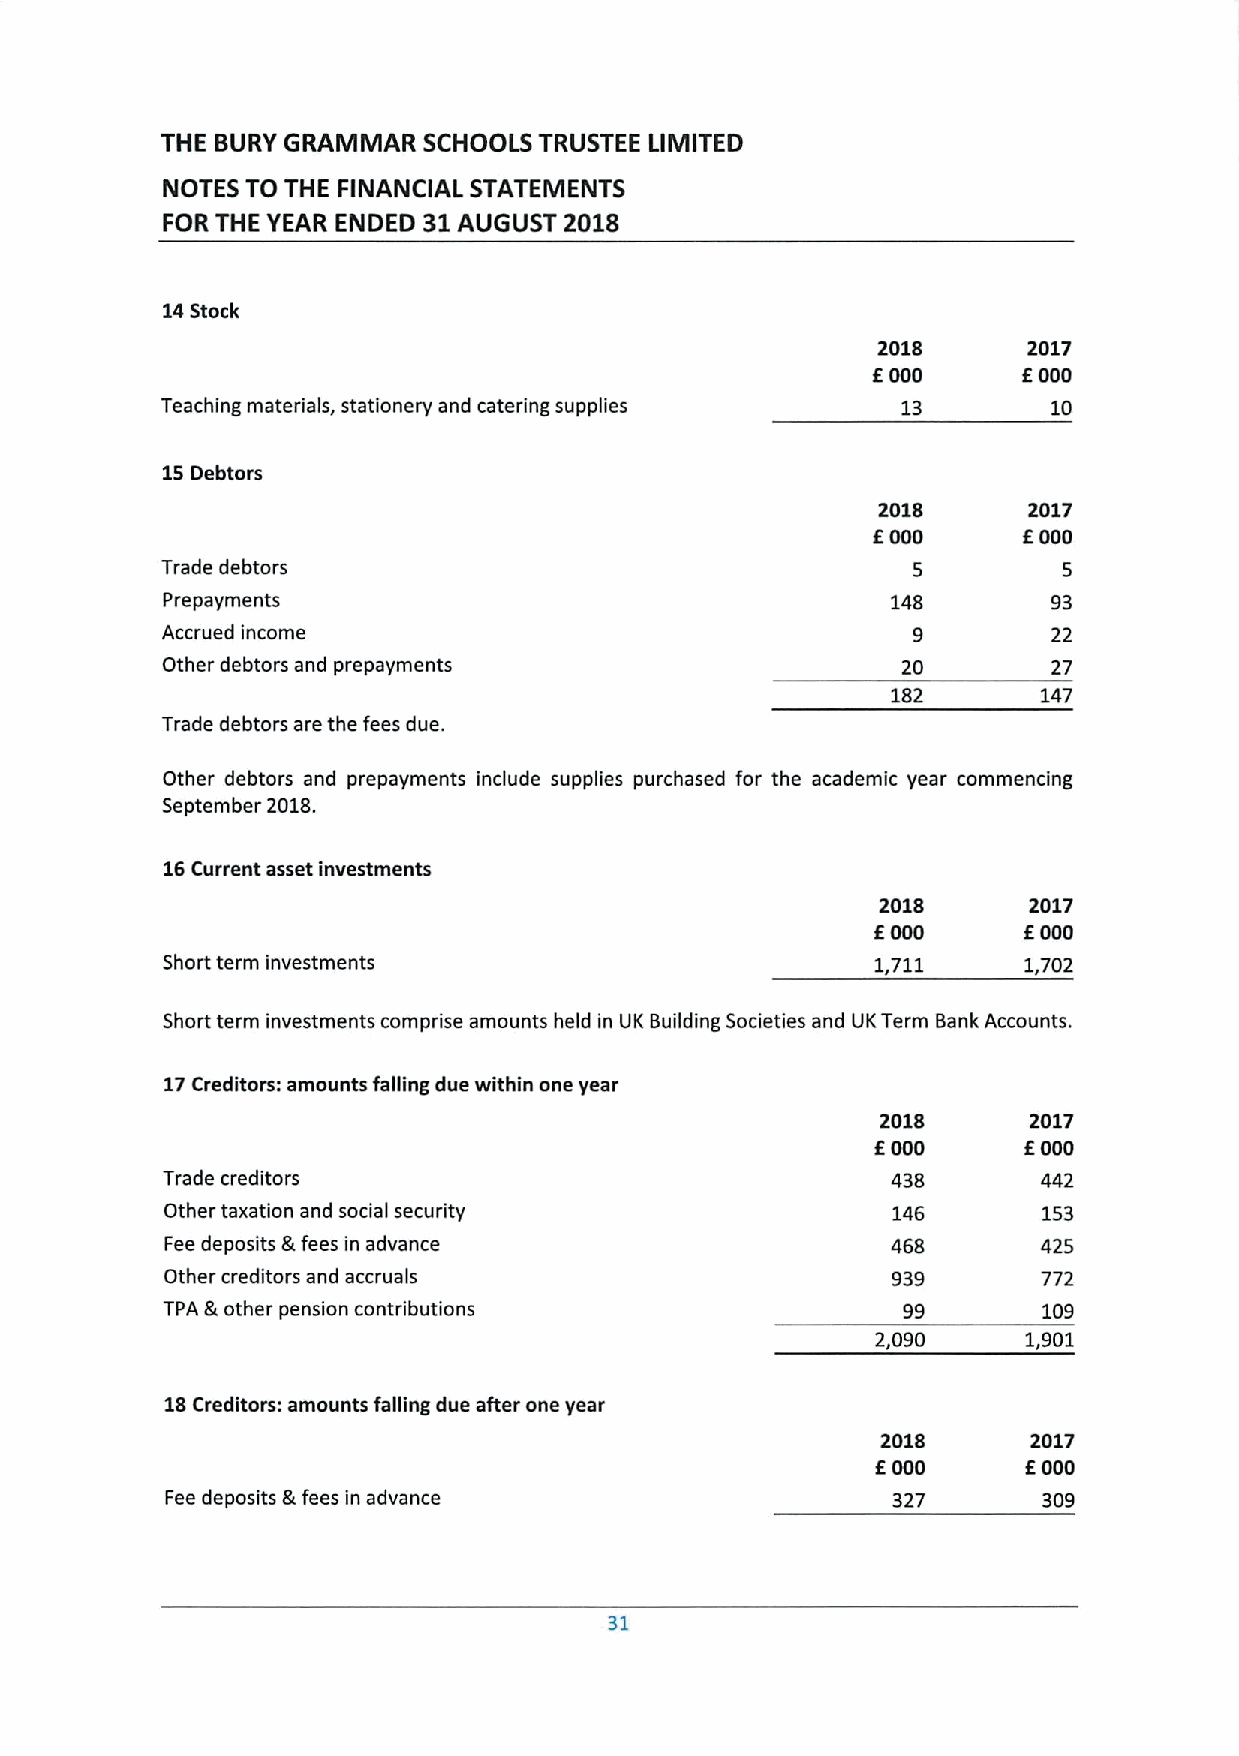
THE BURY GRAMMAR SCHOOLS TRUSTEE LIMITED
 NOTES TO THE FINANCIAL STATEMENTS
 FOR THE YEAR ENDED 31 AUGUST 2018
 14Stock
 2018      2017
 6000      6000
 Teaching materials, stationery and catering supplies 13    10
 15Debtors
 2018      2017
 6000      6000
 Trade debtors                                    5         5
 Prepayments                                     148        93
 Accrued income                                   9         22
 Other debtors and prepayments                    20        27
 182       147
 Trade debtors are the fees due.
 Other debtors and prepayments include supplies purchased for the academic year commencing
 September 2018.
 16Current asset investments
 2018      2017
 6000      6000
 Short term investments                         1.711     1,702
 Short term investments comprise amounts held in UK Building Societies and UKTerm Bank Accounts.
 17Creditors: amounts falling due within one year
 2018      2017
 6000      6000
 Trade creditors                                 438       442
 Other taxation and social security              146       153
 Fee deposits &fees in advance                   468       425
 Other creditors and accruals                    939       772
 TPA &other pension contributions                 99       109
 2,090     1,901
 18Creditors: amounts falling due after one year
 2018      2017
 6000      6000
 Fee deposits &fees in advance                   327       309
 31